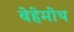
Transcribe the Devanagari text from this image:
बेहेमोथ